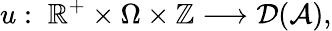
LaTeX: u:\; \mathbb{R}^{+}\times\Omega\times\mathbb{Z}\longrightarrow{\mathcal{D}(\mathcal{A})},